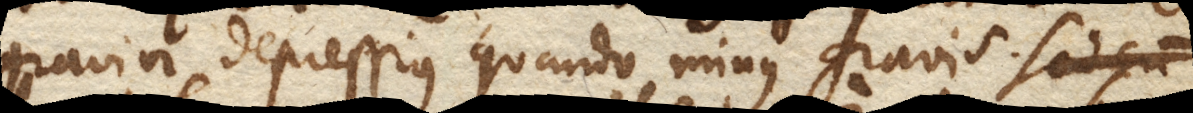
gravior depressius quando minus gravis. Sed cum